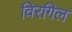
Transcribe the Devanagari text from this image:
विरगिल